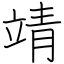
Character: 靖